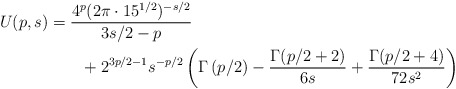
\begin{align*}U(p,s) &= \frac{4^p(2\pi\cdot15^{1/2})^{-s/2}}{3s/2-p} \\&\qquad+ 2^{3p/2-1}s^{-p/2}\left(\Gamma\left(p/2\right) - \frac{\Gamma(p/2+2)}{6s} + \frac{\Gamma(p/2+4)}{72s^2}\right)\end{align*}